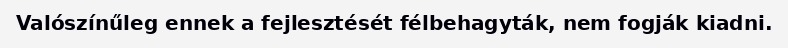
Valószínűleg ennek a fejlesztését félbehagyták, nem fogják kiadni.